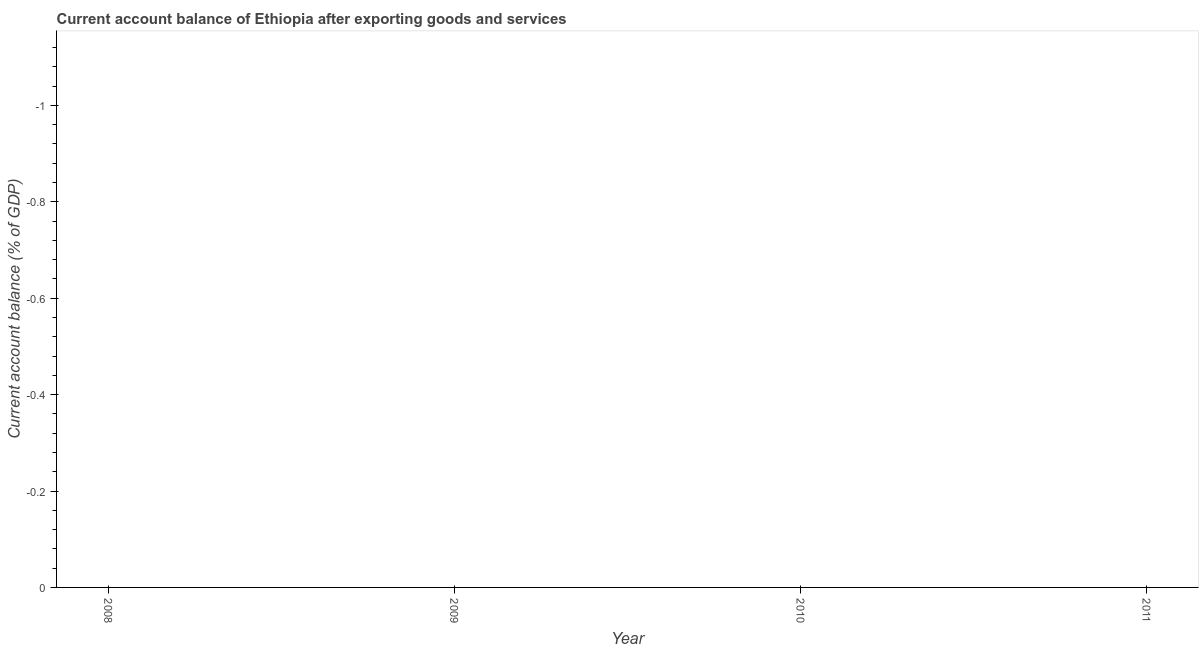
| Year | Current account balance |
 | --- | --- |
 | 2008 | -6.67 |
 | 2009 | -6.75 |
 | 2010 | -1.42 |
 | 2011 | -2.45 |